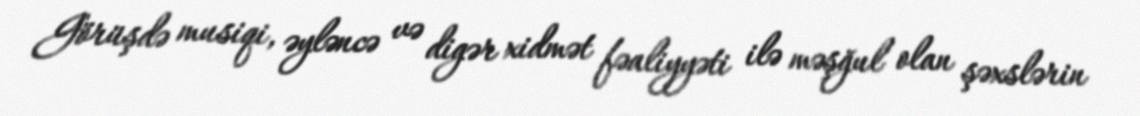
Görüşdə musiqi, əyləncə və digər xidmət fəaliyyəti ilə məşğul olan şəxslərin